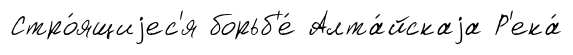
Стро́ящиjес'я борьб'е́ Алта́йскаjа Р'ека́